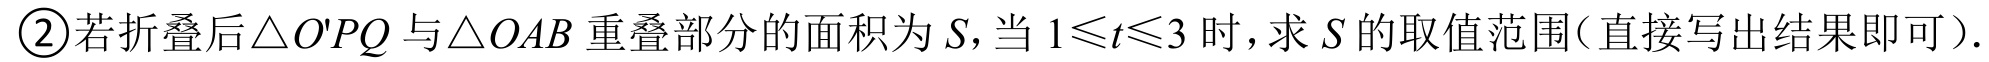
\textcircled{2}若折叠后\(\triangle O'PQ\)与\(\triangle OAB\)重叠部分的面积为\(S\)，当 \(1\leqslant t\leqslant3\) 时，求 \(S\) 的取值范围（直接写出结果即可）.